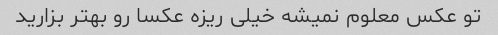
تو عکس معلوم نمیشه خیلی ریزه عکسا رو بهتر بزارید